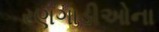
રણગાડીઓના